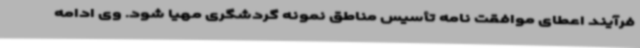
فرآیند اعطای موافقت نامه تأسیس مناطق نمونه گردشگری مهیا شود. وی ادامه